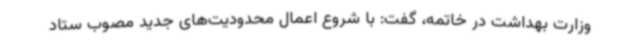
وزارت بهداشت در خاتمه، گفت: با شروع اعمال محدودیت‌های جدید مصوب ستاد